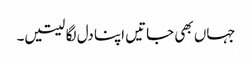
جہاں بھی جاتیں اپنا دل لگا لیتیں۔